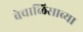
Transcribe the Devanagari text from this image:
बेचाळिसाव्या